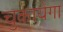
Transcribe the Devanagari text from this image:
चुकायेगा